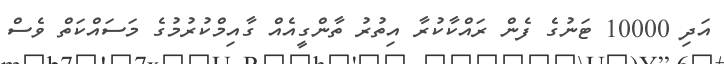
އަދި 10000 ޓަނުގެ ފެން ރައްކާކުރާ އިތުރު ތާންގީއެއް ގާއިމްކުރުމުގެ މަސައްކަތް ވެސް